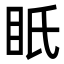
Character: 眂